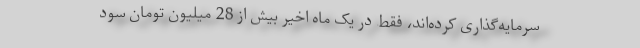
سرمایه‌گذاری کرده‌اند، فقط در یک ماه اخیر بیش از 28 میلیون تومان سود